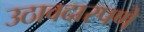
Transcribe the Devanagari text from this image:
उठावदारपणे